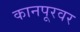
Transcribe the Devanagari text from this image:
कानपूरवर